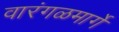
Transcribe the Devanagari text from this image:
वारंगळमार्गे